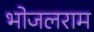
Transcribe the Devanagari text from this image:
भोजलराम